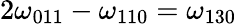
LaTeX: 2\omega_{011}-\omega_{110}=\omega_{130}